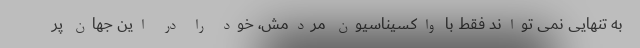
به تنهایی نمی تواند فقط با واکسیناسیون مردمش، خود را در این جهان پر